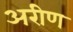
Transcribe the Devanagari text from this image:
अरीण